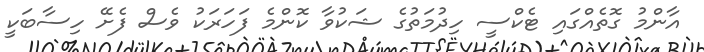
އާންމު ގޮތެއްގައި ޓެކްސީ ހިދުމަތުގެ ޝަކުވާ ކޮންމެ ފަހަރަކު ވެސް ފެށޭ ހިސާބަކީ